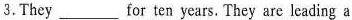
3.They ___ for ten years. They are leading a